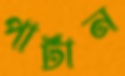
পার্টান